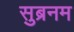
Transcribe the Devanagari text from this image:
सुब्रनम